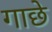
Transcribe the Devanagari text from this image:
गाछे